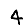
Digit: 4